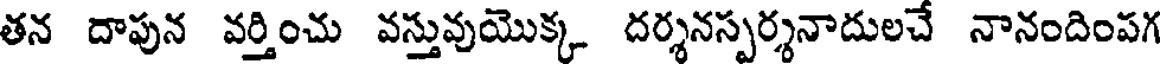
తన దాపున వర్తించు వస్తువుయొక్క దర్శనస్పర్శనాదులచే నానందింపగ